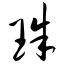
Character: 珠